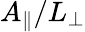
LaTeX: A_{\parallel}/L_{\perp}